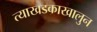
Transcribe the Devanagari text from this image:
त्याखडकाखालुन